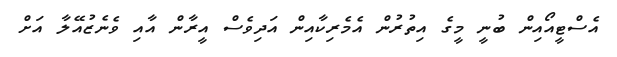
އެސްޓީއޯއިން ބުނީ މީގެ އިތުރުން އެމެރިކާއިން އަދިވެސް އީރާން އާއި ވެނެޒުއޭލާ އަށް